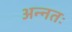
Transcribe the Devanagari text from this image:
अन्नतः